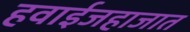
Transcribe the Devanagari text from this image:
हवाईजहाजात